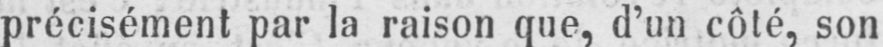
précisément par la raison que, d’un côté, son